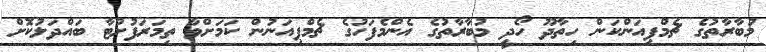
މުބާރާތުގެ ޗެމްޕިއަންކަން ހިތާދޫ ހޯދީ މުބާރާތުގެ އެންމެފަހުގެ ޗެމްޕިއަނުން ކަމަށްވާ ތިމަރަފުށްޓާ ބައްދަލުކޮށް